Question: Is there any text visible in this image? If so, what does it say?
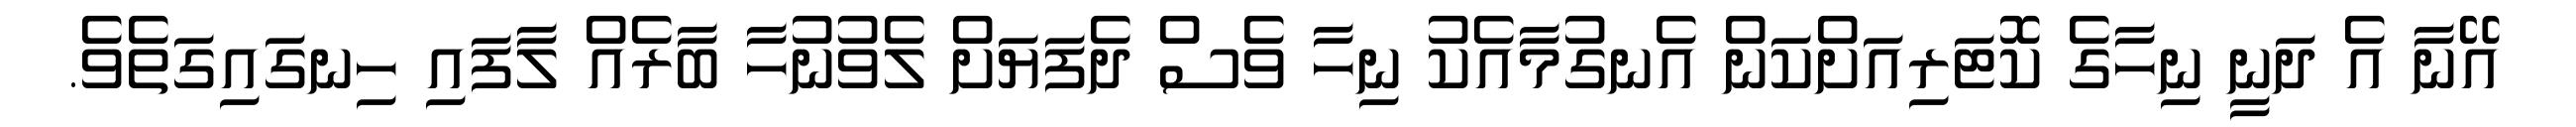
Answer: އޭނާ އެ ދަނީ ނިހާގެ ކޮޓަރިއަށްކަން އެނގުމާއެކު ނިހާ ވެސް ދެފަޔަށް ލެވުނުހާ ބާރެއް ލާފައި ހިނގައިގަތެވެ.